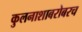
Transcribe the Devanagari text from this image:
कुलनाशाबरोबरच